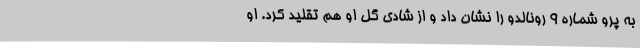
به پرو شماره 9 رونالدو را نشان داد و از شادی گل او هم تقلید کرد. او